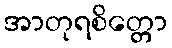
အာတုရစိတ္တော